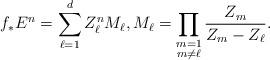
LaTeX: \begin{align*} f_* E^n = \sum_{\ell=1}^d Z_\ell^{n} M_\ell, M_\ell=\prod_{\substack{m=1\\ m\neq \ell}} \frac{Z_m }{ Z_m -Z_\ell}.\end{align*}